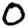
Digit: 0